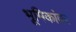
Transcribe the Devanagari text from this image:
भूमिकांवर